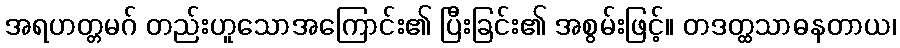
အရဟတ္တမဂ် တည်းဟူသောအကြောင်း၏ ပြီးခြင်း၏ အစွမ်းဖြင့်။ တဒတ္ထသာဓနတာယ၊